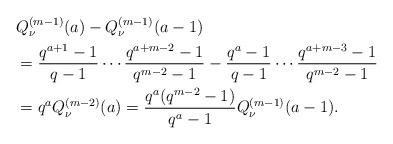
LaTeX: \begin{align*}&Q^{(m-1)}_\nu(a)-Q^{(m-1)}_\nu(a-1) \\&=\frac{q^{a+1}-1}{q-1} \cdots \frac{q^{a+m-2}-1}{q^{m-2}-1} - \frac{q^{a}-1}{q-1} \cdots \frac{q^{a+m-3}-1}{q^{m-2}-1} \\&=q^aQ^{(m-2)}_\nu(a) = \frac{q^a(q^{m-2}-1)}{q^a-1}Q^{(m-1)}_\nu(a-1).\end{align*}